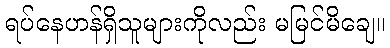
ရပ်နေဟန်ရှိသူများကိုလည်း မမြင်မိချေ။